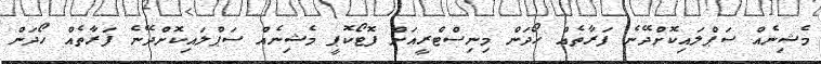
މެޝިނެއް ސަޕްލައިކޮށްދޭނެ ފަރާތެއް ހޯދަން މިނިސްޓްރީއަށް ފޮޓޯކޮޕީ މެޝިނެއް ސަޕްލައިކޮށްދޭނެ ފަރާތެއް ހޯދަން